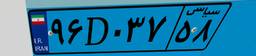
۹۶D۰۳۷۵۸